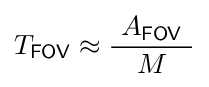
T_{\mathsf {FOV}}\approx {\frac {\ A_{\mathsf {FOV}}\ }{M}}